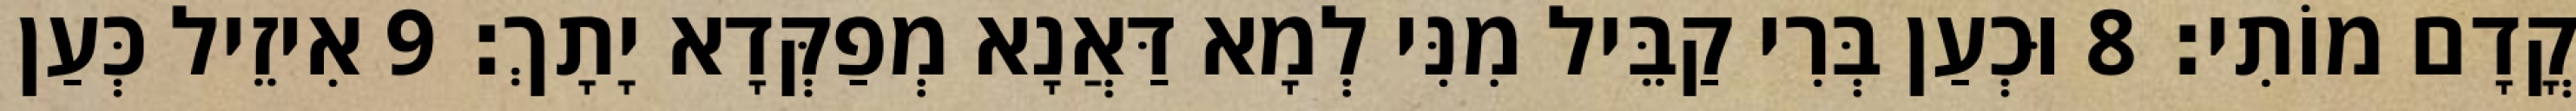
קֳדָם מוֹתִי׃ 8 וּכְעַן בְּרִי קַבֵּיל מִנִּי לְמָא דַּאֲנָא מְפַקְּדָא יָתָךְ׃ 9 אִיזֵיל כְּעַן